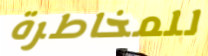
للمخاطرة